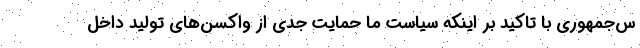
س‌جمهوری با تاکید بر اینکه سیاست ما حمایت جدی از واکسن‌های تولید داخل